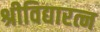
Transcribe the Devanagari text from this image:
श्रीविद्यारत्न